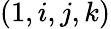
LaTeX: (1,i,j,k)